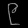
Digit: ၉